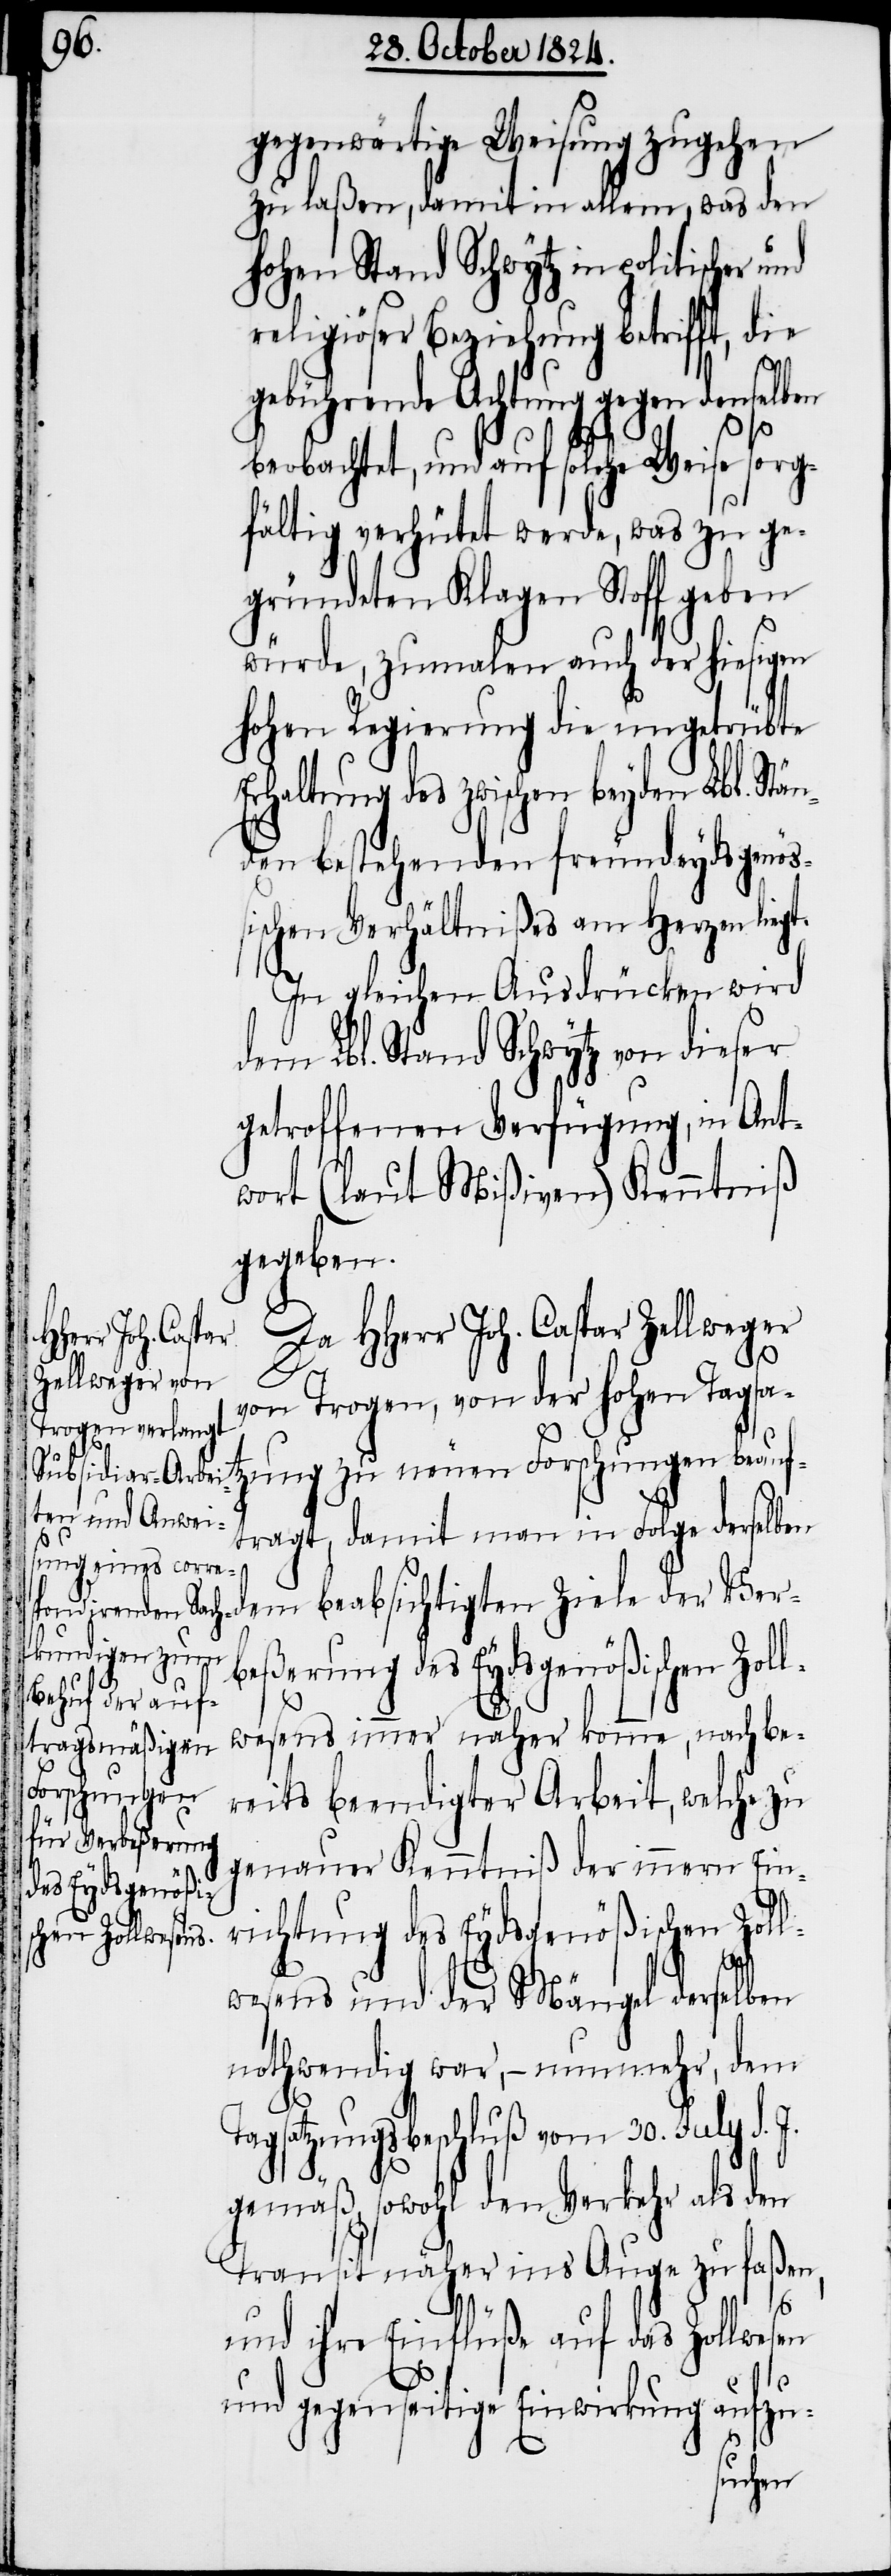
nd

gegenwärtige Weisung zugehen
zu laßen, damit in allem, was den
hohen Stand Schwytz in politischer u¬
eligiöser Beziehung betrifft,
gebührende Achtung gegen denselben
beobachtet, und auf solche Weise sorg¬
fältig verhütet werde, was zu ge¬
gründeten Klagen Stoff geben
würde, zumalen auch der hiesigen
hohen Regierung die ungetrübte
Erhaltung des zwischen beyden Lbl. Stä¬
nden bestehenden freundeydsgenöß¬
ischen Verhältnißes am Herzen liegt.
In gleichen Ausdrücken wird
dem Lbl. Stand Schwytz von dieser
getroffenen Verfügung, in Ant¬
wort (laut Mißiven) Kenntniß
gegeben.
Da HHerr Joh. Caspar Zellweger
von Trogen, von der hohen Tagsat¬
zung zu neuen Forschungen beauf¬
tragt, damit man in Folge derselben
dem beabsichtigten Ziele der Ver¬
beßerung des Eydsgenößischen Zol¬
lwesens immer näher komme, nach be¬
reits beendigter Arbeit, welche zu
genauer Kenntniß der innern Ein¬
richtung des Eydsgenößischen Zoll¬
wesens und der Mängel derselben
nothwendig war, – nunmehr, dem
Tagsatzungsbeschluß vom 30. July d. J.
gemäß, sowohl den Verkehr als den
Transit näher ins Auge zu faßen,
und ihre Einflüße auf das Zollwesen
und gegenseitige Einwirkung aufzu-
r¬